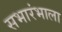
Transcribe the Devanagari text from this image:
सभारंभाला